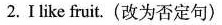
2. I like fruit. (改为否定句)